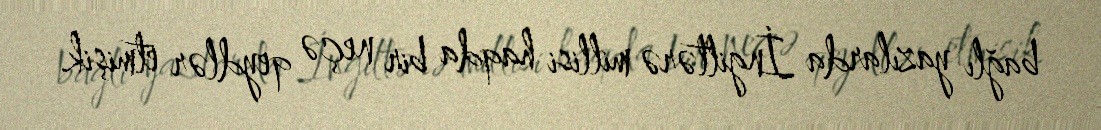
bağlı yazılarda İngiltərə millisi haqda bir neçə qeydlər etmişik.